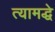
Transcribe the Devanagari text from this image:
त्यामद्धे